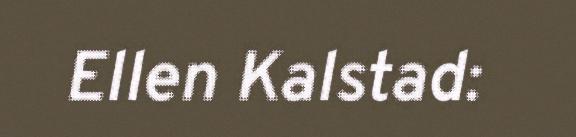
Ellen Kalstad: